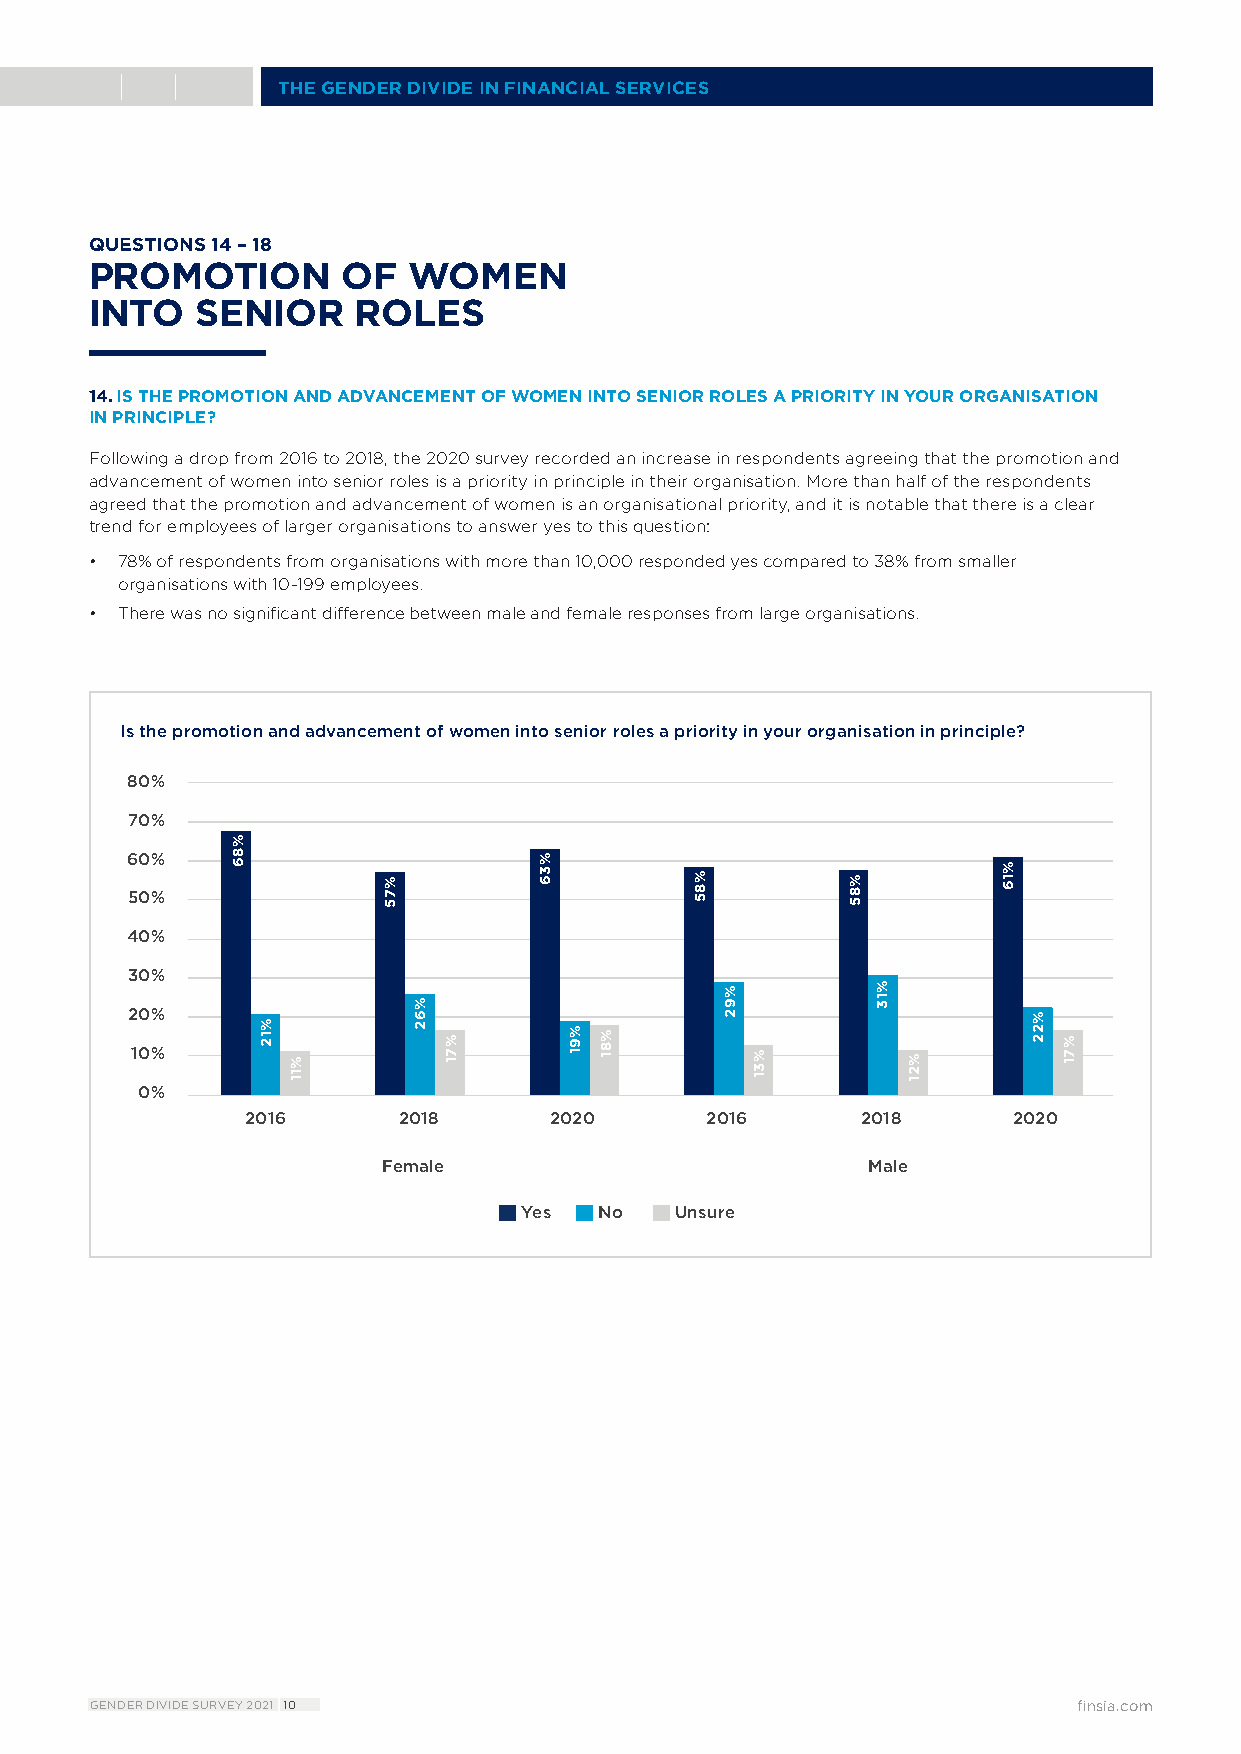
THE GENDER DIVIDE IN FINANCIAL SERVICES
 QUESTIONS 14 – 18
 PROMOTION        OF  WOMEN
 INTO   SENIOR     ROLES
 14. IS THE PROMOTION AND ADVANCEMENT OF WOMEN INTO SENIOR ROLES A PRIORITY IN YOUR ORGANISATION
 IN PRINCIPLE?
 Following a drop from 2016 to 2018, the 2020 survey recorded an increase in respondents agreeing that the promotion and
 advancement of women into senior roles is a priority in principle in their organisation. More than half of the respondents
 agreed that the promotion and advancement of women is an organisational priority, and it is notable that there is a clear
 trend for employees of larger organisations to answer yes to this question:
 • 7 8% of respondents from organisations with more than 10,000 responded yes compared to 38% from smaller
 organisations with 10-199 employees.
 • T here was no significant difference between male and female responses from large organisations.
 Q14
 Is the promotion and advancement of women into senior roles a priority in your organisation in principle?
 8800%%
 7700%%
 6600%%
 5500%%
 4400%%
 3300%%
 2200%%
 1100%%
 00%%
 22001166  22001188  22002200   22001166  22001188  22002200
 FFeemmaalele                    MMaallee
  Yes  No  Unsure
 Yes  No  Unsure
 GENDER DIVIDE SURVEY 2021 10                                     finsia.com
 %86
 %12
 %11
 %75
 %62
 %71
 %36
 %91 %81
 %85
 %92
 %31
 %85
 %13
 %21
 %16
 %22
 %71